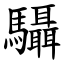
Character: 䯀